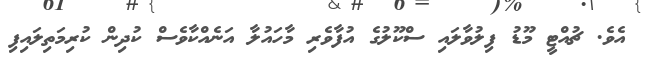
އެވެ. ޗުއްޓީ މޫޑު ފިލުވާލައި ސްކޫލުގެ އުފާވެރި މާހައުލާ އަނެއްކާވެސް ކުދިން ކުރިމަތިލައިފި